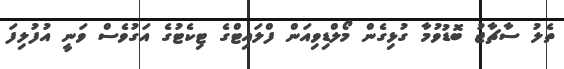
ތެލު ސާޗާޖު ބޮޑުވުމާ ގުޅިގެން މޯލްޑިވިއަން ފްލައިޓްގެ ޓިކެޓުގެ އަގުވެސް ވަނީ އުފުލިފަ